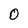
Character: 0